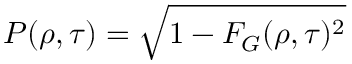
P ( \rho , \tau ) = \sqrt { 1 - F _ { G } ( \rho , \tau ) ^ { 2 } }